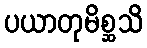
ပယာတုမိစ္ဆသိ